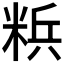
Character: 𮇡